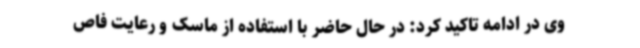
وی در ادامه تاکید کرد: در حال حاضر با استفاده از ماسک و رعایت فاص